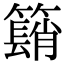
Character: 𥵦